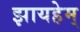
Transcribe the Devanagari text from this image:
झायहेम्